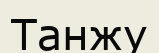
Танжу